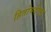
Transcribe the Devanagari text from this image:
हितोपदेष्टा